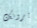
يرونك